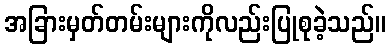
အခြားမှတ်တမ်းများကိုလည်းပြုစုခဲ့သည်။